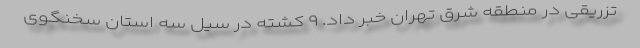
تزریقی در منطقه شرق تهران خبر داد. ۹ کشته در سیل سه استان سخنگوی